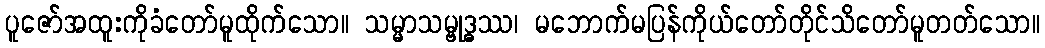
ပူဇော်အထူးကိုခံတော်မူထိုက်သော။ သမ္မာသမ္ဗုဒ္ဓဿ၊ မဘောက်မပြန်ကိုယ်တော်တိုင်သိတော်မူတတ်သော။